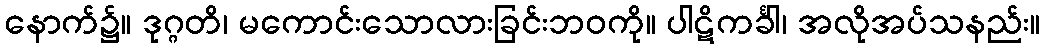
နောက်၌။ ဒုဂ္ဂတိ၊ မကောင်းသောလားခြင်းဘဝကို။ ပါဋိကင်္ခါ၊ အလိုအပ်သနည်း။